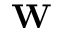
\mathbf { W }